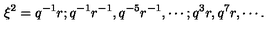
\xi ^ { 2 } = q ^ { - 1 } r ; q ^ { - 1 } r ^ { - 1 } , q ^ { - 5 } r ^ { - 1 } , \cdots ; q ^ { 3 } r , q ^ { 7 } r , \cdots .